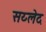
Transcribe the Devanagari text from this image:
सय्लेद